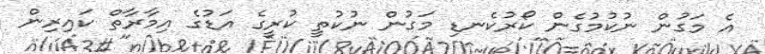
އެ މަގުން ނުކުމުގެން ކޯރުކެނޑި މަގުން ނުކުތީ ކުރީގެ އަޑުގެ އިމާރާތް ކައިރިން